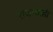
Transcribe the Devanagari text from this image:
राजांचाही